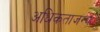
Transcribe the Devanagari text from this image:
अधिकताजन्य